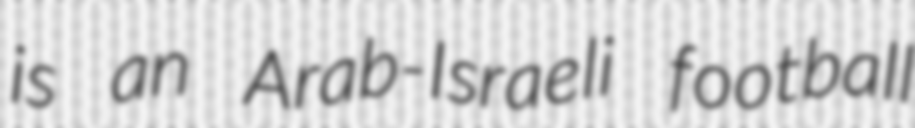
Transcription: is an Arab-Israeli football